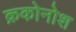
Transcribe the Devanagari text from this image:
क्रकोनोश